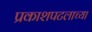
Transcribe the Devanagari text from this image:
प्रकाशपटलाच्या